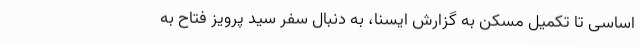
اساسی تا تکمیل مسکن به گزارش ایسنا، به دنبال سفر سید پرویز فتاح به